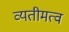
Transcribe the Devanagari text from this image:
व्यतीमत्व